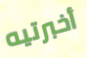
أخبرتيه